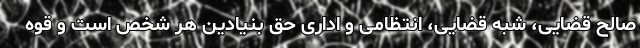
صالح قضایی، شبه قضایی، انتظامی و اداری حق بنیادین هر شخص است و قوه